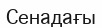
Сенадағы